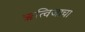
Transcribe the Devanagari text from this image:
ऋत्विजाचा